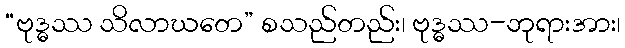
“ဗုဒ္ဓဿ သိလာဃတေ” စသည်တည်း၊ ဗုဒ္ဓဿ-ဘုရားအား၊